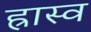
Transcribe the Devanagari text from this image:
ह्रास्व